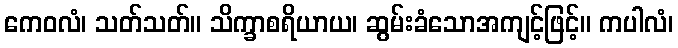
ကေဝလံ၊ သတ်သတ်။ သိက္ခာစရိယာယ၊ ဆွမ်းခံသောအကျင့်ဖြင့်။ ကပါလံ၊